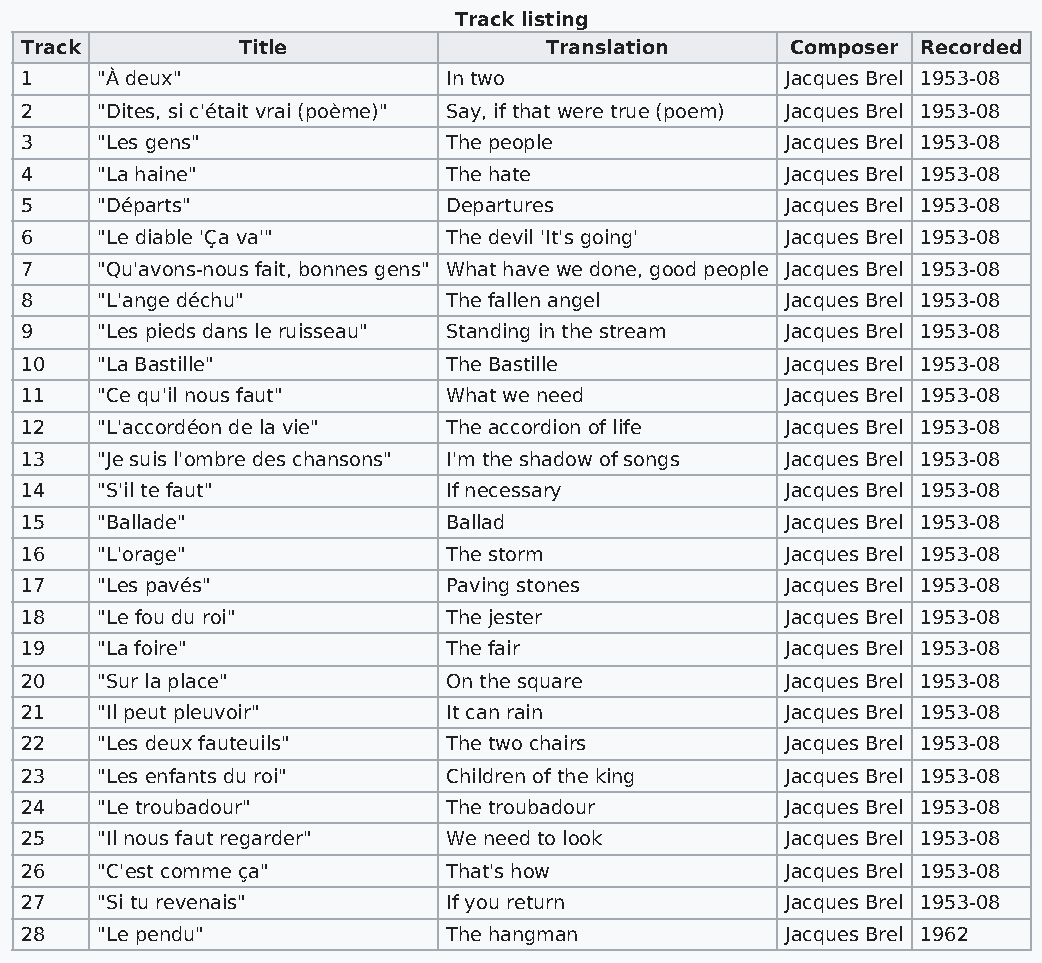
Track listing
 Track          Title               Translation     Composer Recorded
 1    "À deux"                In two                Jacques Brel 1953-08
 2    "Dites, si c'était vrai (poème)" Say, if that were true (poem) Jacques Brel 1953-08
 3    "Les gens"              The people            Jacques Brel 1953-08
 4    "La haine"              The hate              Jacques Brel 1953-08
 5    "Départs"               Departures            Jacques Brel 1953-08
 6    "Le diable 'Ça va'"     The devil 'It's going' Jacques Brel 1953-08
 7    "Qu'avons-nous fait, bonnes gens" What have we done, good people Jacques Brel 1953-08
 8    "L'ange déchu"          The fallen angel      Jacques Brel 1953-08
 9    "Les pieds dans le ruisseau" Standing in the stream Jacques Brel 1953-08
 10   "La Bastille"           The Bastille          Jacques Brel 1953-08
 11   "Ce qu'il nous faut"    What we need          Jacques Brel 1953-08
 12   "L'accordéon de la vie" The accordion of life Jacques Brel 1953-08
 13   "Je suis l'ombre des chansons" I'm the shadow of songs Jacques Brel 1953-08
 14   "S'il te faut"          If necessary          Jacques Brel 1953-08
 15   "Ballade"               Ballad                Jacques Brel 1953-08
 16   "L'orage"               The storm             Jacques Brel 1953-08
 17   "Les pavés"             Paving stones         Jacques Brel 1953-08
 18   "Le fou du roi"         The jester            Jacques Brel 1953-08
 19   "La foire"              The fair              Jacques Brel 1953-08
 20   "Sur la place"          On the square         Jacques Brel 1953-08
 21   "Il peut pleuvoir"      It can rain           Jacques Brel 1953-08
 22   "Les deux fauteuils"    The two chairs        Jacques Brel 1953-08
 23   "Les enfants du roi"    Children of the king  Jacques Brel 1953-08
 24   "Le troubadour"         The troubadour        Jacques Brel 1953-08
 25   "Il nous faut regarder" We need to look       Jacques Brel 1953-08
 26   "C'est comme ça"        That's how            Jacques Brel 1953-08
 27   "Si tu revenais"        If you return         Jacques Brel 1953-08
 28   "Le pendu"              The hangman           Jacques Brel 1962